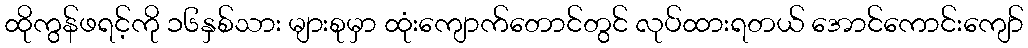
ထိုကွန်ဖရင့်ကို ၁၆နှစ်သား များစုမှာ ထုံးကျောက်တောင်တွင် လုပ်ထားရတယ် အောင်ကောင်းကျော်